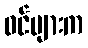
ဝင်များက